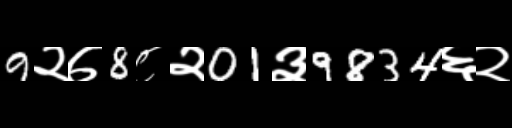
Text: 9२७8८२01३9834६२